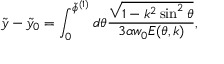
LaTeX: \tilde { y } - \tilde { y } _ { 0 } = \int _ { 0 } ^ { \tilde { \phi } ^ { ( 1 ) } } d \theta { \frac { \sqrt { 1 - k ^ { 2 } \sin ^ { 2 } \theta } } { 3 \alpha w _ { 0 } E ( \theta , k ) } } ,